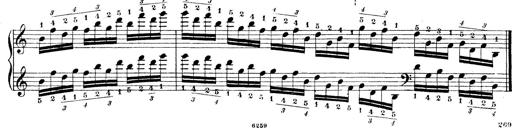
Title: Technische Studien
Composer: Franz Liszt